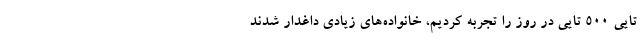
تایی ۵۰۰ تایی در روز را تجربه کردیم، خانواده‌های زیادی داغدار شدند